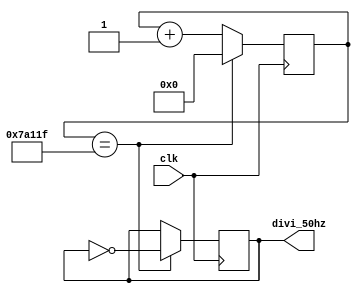
module divi_50hz(clk,divi_50hz); 
  input clk; 
  output reg divi_50hz; 
  reg [24:0] count_reg1; //25
  always@(posedge clk)
    if(count_reg1==25'd499999) //50Mhz / 50hz/ 2 - 1
      begin
        divi_50hz <= ~ divi_50hz; //
        count_reg1 <= 25'd0; //
      end
    else
      begin 
        count_reg1 <= count_reg1 + 25'd1;
      end
endmodule